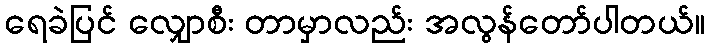
ရေခဲပြင် လျှောစီး တာမှာလည်း အလွန်တော်ပါတယ်။